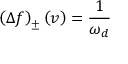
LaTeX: \left( \Delta f \right) _ { \pm } \left( v \right) = \frac { 1 } { \omega _ { d } }